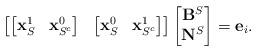
LaTeX: \begin{align*}\begin{bmatrix}\begin{bmatrix} \mathbf{x}_{S}^{1} & \mathbf{x}_{S^c}^{0}\end{bmatrix} &\begin{bmatrix} \mathbf{x}_{S}^{0} & \mathbf{x}_{S^c}^{1}\end{bmatrix}\end{bmatrix}\begin{bmatrix}\mathbf{B}^S \\ \mathbf{N}^S\end{bmatrix} = \mathbf{e}_i.\end{align*}